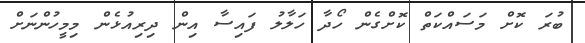
ބުރަ ކޮށް މަސައްކަތް ކޮށްގެން ހޯދާ ހަލާލު ފައިސާ އިން ދިރިއުޅެން މިމީހުންނަށް